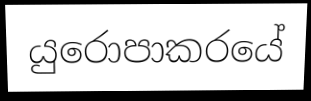
යුරොපාකරයේ